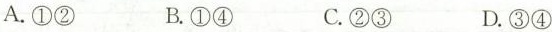
A.①② B.①④ C.②③ D.③④